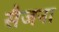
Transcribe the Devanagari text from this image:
सैजना